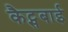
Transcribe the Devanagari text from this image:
कैट्सबाई